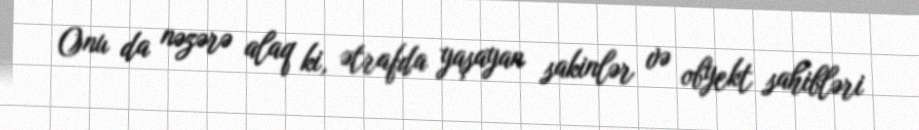
Onu da nəzərə alaq ki, ətrafda yaşayan sakinlər və obyekt sahibləri